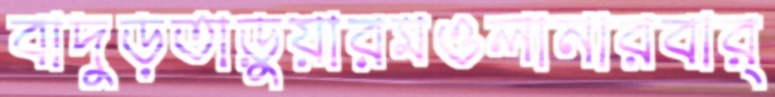
বাদুড়তাড়ুয়ারমওলানারবার্